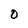
Character: O